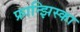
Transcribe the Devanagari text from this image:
फ्रान्झिस्का